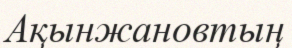
Ақынжановтың